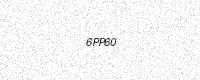
Text: 6PP60